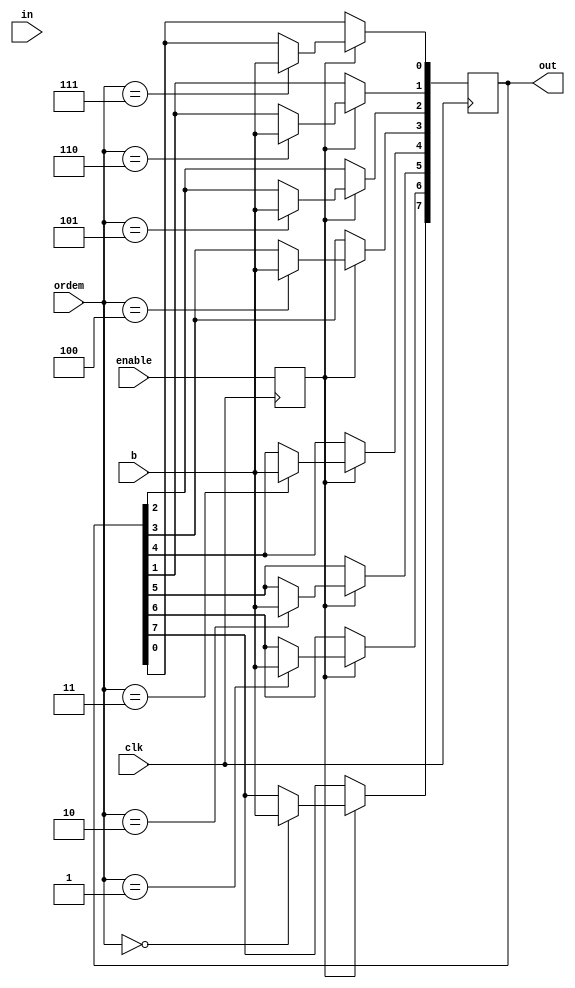
module orgBits(ordem,b,out,in,clk,enable);
	input [7:0]ordem;
	input b;
	output reg [7:0] out;
	input [7:0]in;
	input clk; 
	input enable;
	reg cop; 
	always@(posedge clk)begin
	cop <= enable;
	if(cop)begin
		case(ordem)
			0:begin
				out[7] <=b; 	
			end
			1:begin
				out[6] <= b;
			end
			2:begin
				out[5] <= b;
			end
			3:begin
				out[4] <= b;
			end
			4:begin
				out[3] <= b;
			end
			5:begin
				out[2] <= b;
			end
			6:begin
				out[1] <= b;
			end
			7:begin
				out[0] <= b;
			end
		endcase
	end
	
	end
endmodule